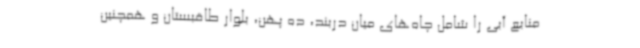
منابع آبی را شامل چاه‌های میان دربند، ده پهن، بلوار طاقبستان و همچنین